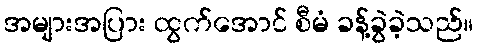
အများအပြား ထွက်အောင် စီမံ ခန့်ခွဲခဲ့သည်။